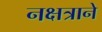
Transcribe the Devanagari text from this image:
नक्षत्राने